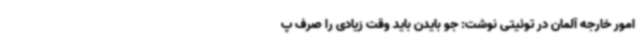
امور خارجه آلمان در توئیتی نوشت: جو بایدن باید وقت زیادی را صرف پ